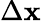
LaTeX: \Delta\textbf{x}